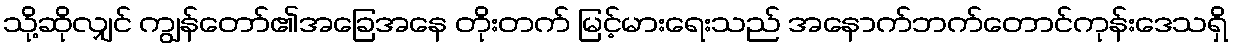
သို့ဆိုလျှင် ကျွန်တော်၏အခြေအနေ တိုးတက် မြင့်မားရေးသည် အနောက်ဘက်တောင်ကုန်းဒေသရှိ